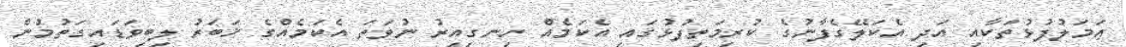
ޢަމަލުފުޅުތަކާއި އަދި އެކަލޭގެފާނުގެ ކުރިމަތިފުޅުގައި އެކަމެއް ހިނގިއިރު ނުވަތަ އެކަމެއްގެ ޚަބަރު ލިބިވަޑައިގަތުމުން